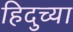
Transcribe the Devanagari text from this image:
हिदुच्या